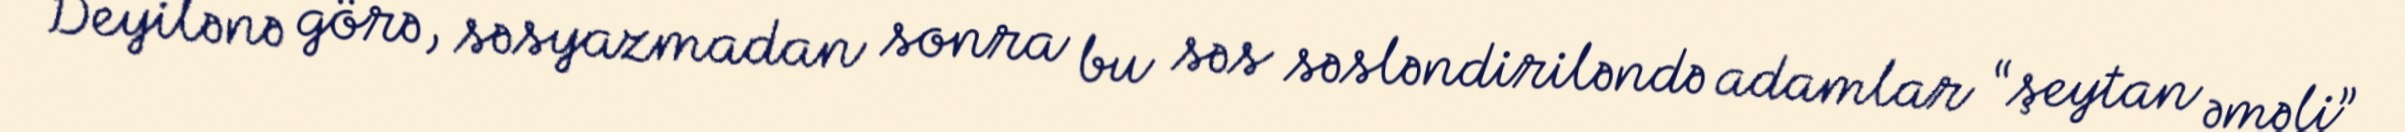
Deyilənə görə, səsyazmadan sonra bu səs səsləndiriləndə adamlar “şeytan əməli”